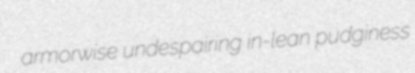
armorwise undespairing in-lean pudginess